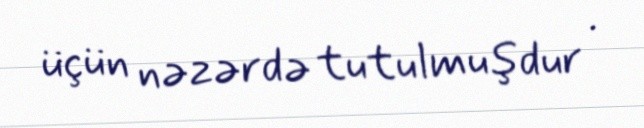
üçün nəzərdə tutulmuşdur .